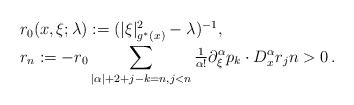
\begin{align*}\begin{array}{l}r_0(x,\xi;\lambda):=(|\xi|^2_{g^*(x)}-\lambda)^{-1},\vphantom{A_{A_{A_{A_A}}}}\\r_n:=-r_0\displaystyle\sum_{|\alpha|+2+j-k=n,j<n} {\textstyle\frac1{\alpha!}}\partial_\xi^\alpha p_k\cdot D_x^\alpha r_jn>0\,.\end{array}\end{align*}